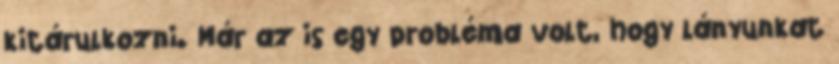
kitárulkozni. Már az is egy probléma volt, hogy lányunkat